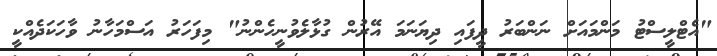
"އެޓްލީސްޓު މަންމައަށް ނަންބަރު ދީފައި ދިޔަނަމަ އޭރުން ގުޅާލެވުނީހެންނު" މިފަހަރު އަސްމަހާނު ވާހަކަދެއްކީ